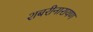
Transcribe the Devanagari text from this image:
शबरीनारायण